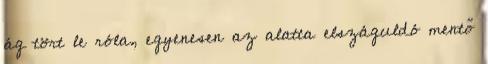
ág tört le róla, egyenesen az alatta elszáguldó mentő